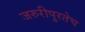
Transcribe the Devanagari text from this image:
जरुरीपुरतेच